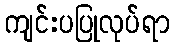
ကျင်းပပြုလုပ်ရာ